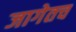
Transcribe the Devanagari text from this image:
जागेतच